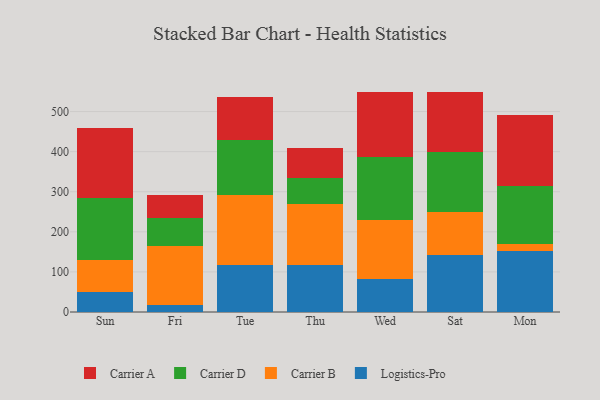
{"axis": {"x": "Day", "y": "Operating Costs (USD K)"}, "legend": ["Carrier A", "Carrier B", "Carrier D", "Logistics-Pro"], "data": [{"x": "Sun", "y": 48.8, "type": "Logistics-Pro"}, {"x": "Sun", "y": 80.0, "type": "Carrier B"}, {"x": "Sun", "y": 156.2, "type": "Carrier D"}, {"x": "Sun", "y": 173.9, "type": "Carrier A"}, {"x": "Fri", "y": 16.5, "type": "Logistics-Pro"}, {"x": "Fri", "y": 147.2, "type": "Carrier B"}, {"x": "Fri", "y": 71.0, "type": "Carrier D"}, {"x": "Fri", "y": 56.7, "type": "Carrier A"}, {"x": "Tue", "y": 116.2, "type": "Logistics-Pro"}, {"x": "Tue", "y": 174.5, "type": "Carrier B"}, {"x": "Tue", "y": 137.6, "type": "Carrier D"}, {"x": "Tue", "y": 108.6, "type": "Carrier A"}, {"x": "Thu", "y": 118.0, "type": "Logistics-Pro"}, {"x": "Thu", "y": 150.8, "type": "Carrier B"}, {"x": "Thu", "y": 64.8, "type": "Carrier D"}, {"x": "Thu", "y": 75.3, "type": "Carrier A"}, {"x": "Wed", "y": 83.5, "type": "Logistics-Pro"}, {"x": "Wed", "y": 146.5, "type": "Carrier B"}, {"x": "Wed", "y": 155.5, "type": "Carrier D"}, {"x": "Wed", "y": 164.3, "type": "Carrier A"}, {"x": "Sat", "y": 142.1, "type": "Logistics-Pro"}, {"x": "Sat", "y": 108.6, "type": "Carrier B"}, {"x": "Sat", "y": 147.7, "type": "Carrier D"}, {"x": "Sat", "y": 149.8, "type": "Carrier A"}, {"x": "Mon", "y": 151.9, "type": "Logistics-Pro"}, {"x": "Mon", "y": 18.5, "type": "Carrier B"}, {"x": "Mon", "y": 144.8, "type": "Carrier D"}, {"x": "Mon", "y": 175.6, "type": "Carrier A"}]}